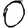
Digit: 0